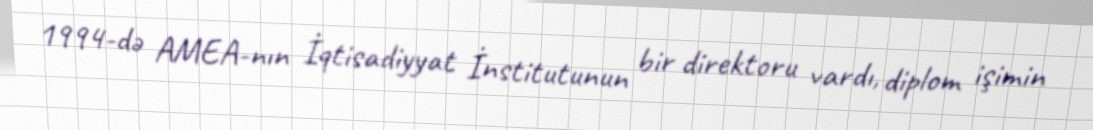
1994-də AMEA-nın İqtisadiyyat İnstitutunun bir direktoru vardı, diplom işimin